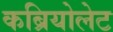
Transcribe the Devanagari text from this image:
कब्रियोलेट